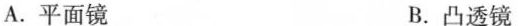
A.平面镜 B.凸透镜